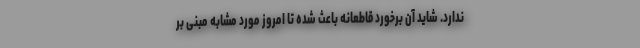
ندارد. شاید آن برخورد قاطعانه باعث شده تا امروز مورد مشابه مبنی بر